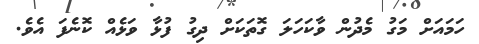
ހަމައަށް މަގު މެދުން ވާކަހަލަ ގޮތަކަށް ދިގު ފުޅާ ވަޅެއް ކޮނެފަ އެވެ.